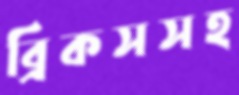
ব্রিকসসহ